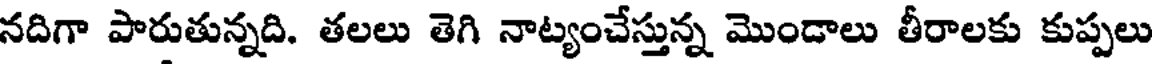
నదిగా పారుతున్నది. తలలు తెగి నాట్యంచేస్తున్న మొండాలు తీరాలకు కుప్పలు